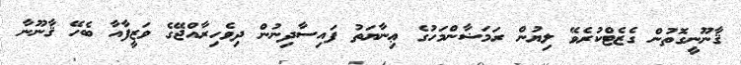
ޤާނޫނީގޮތުން ގެޒެޓްކުރެވޭ ލިޔުން ރަމަޟާންމަހުގެ ޢިނާޔަތު ފައިސާދިނުން ދިވެހިރާއްޖޭގެ ވަޒީފާއާ ބެހޭ ޤާނޫނާ